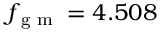
f _ { \textrm { g m } } = 4 . 5 0 8